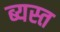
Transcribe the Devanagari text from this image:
ब्यस्त